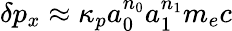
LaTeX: \delta p_{x}\approx\kappa_{p}a_{0}^{n_{0}}a_{1}^{n_{1}}m_{e}c